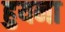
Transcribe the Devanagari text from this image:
हुयना